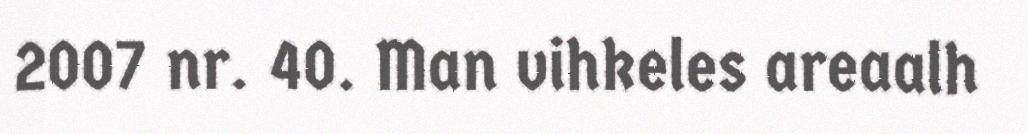
2007 nr. 40. Man vihkeles areaalh